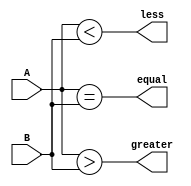
module comparator(
    input [1:0] A, B,
    output equal, greater, less
);

assign equal = (A == B);
assign greater = (A > B);
assign less = (A < B);

endmodule